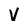
Character: V